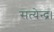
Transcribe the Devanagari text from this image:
सत्येन्द्र।